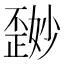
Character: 𪴽